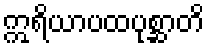
ဣရိယာပထပုစ္ဆာတိ